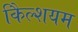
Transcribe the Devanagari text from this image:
कैिल्शयम